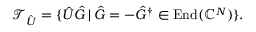
\mathcal { T } _ { \hat { U } } = \{ \hat { U } \hat { G } \, | \, \hat { G } = - \hat { G } ^ { \dag } \in \operatorname { E n d } ( \mathbb { C } ^ { N } ) \} .